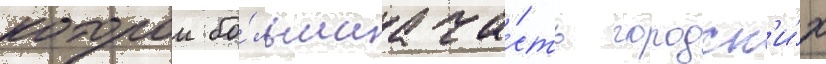
которои бо́льшаа ча́сть городск'и́х